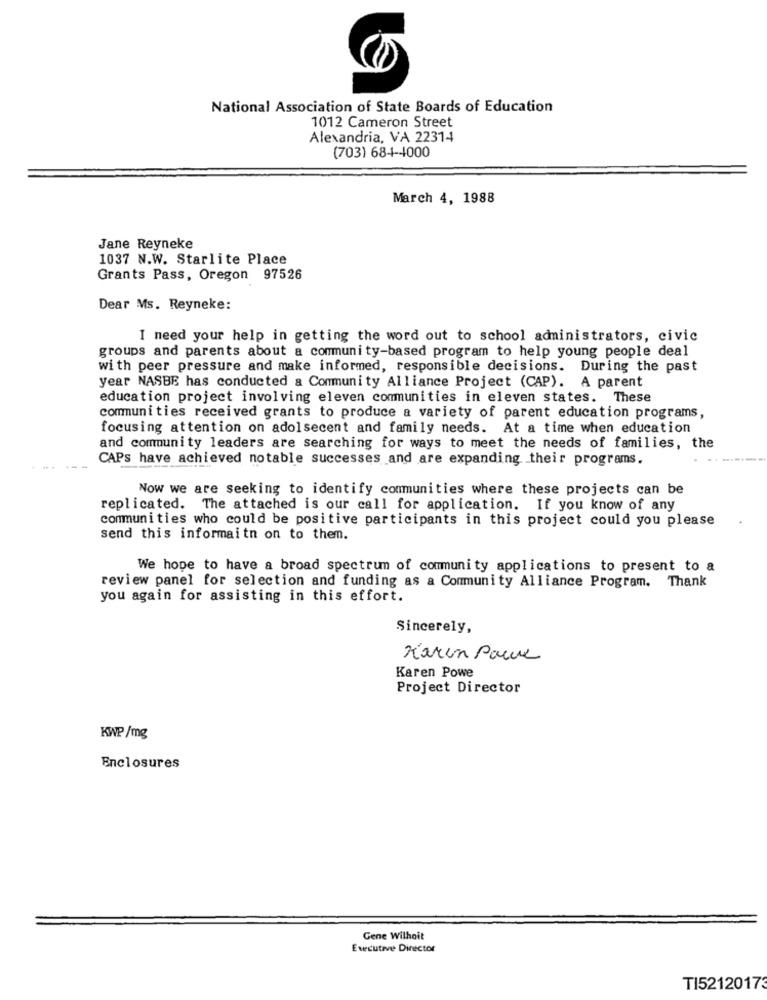
National Association of State Boards of Education
1012 Cameron Street
Alexandria, VA 22314
(703) 684-4000
March 4, 1988
Jane Reyneke
1037 N.W. Starlite Place
Grants Pass, Oregon 97526
Dear Ms. Reyneke:
I need your help in getting the word out to school administrators, civic
groups and parents about a community-based program to help young people deal
with peer pressure and make informed, responsible decisions. During the past
year NASBE has conducted a Community Alliance Project (CAP). A parent
education project involving eleven communities in eleven states. These
communities received grants to produce a variety of parent education programs,
focusing attention on adolsecent and family needs. At a time when education
and community leaders are searching for ways to meet the needs of families, the
CAPS have achieved notable successes and are expanding their programs.
--
Now we are seeking to identify communities where these projects can be
replicated. The attached is our call for application. If you know of any
communities who could be positive participants in this project could you please
send this informaitn on to them.
We hope to have a broad spectrum of community applications to present to a
review panel for selection and funding as a Community Alliance Program. Thank
you again for assisting in this effort.
Sincerely,
Karin Paure
Karen Powe
Project Director
KWP /mg
Enclosures
Gene Wilhoit
Executive Director
TI52120173